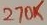
Text: 270K